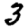
Digit: 3